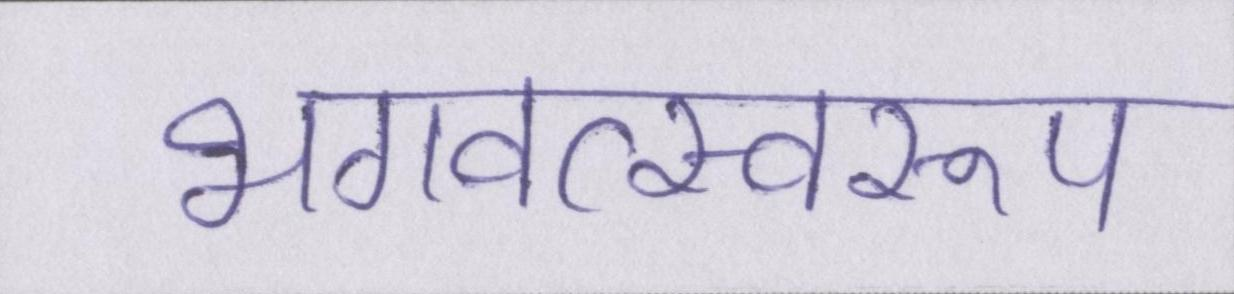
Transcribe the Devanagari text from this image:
भगवत्स्वरूप